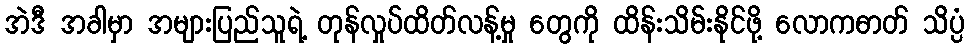
အဲဒီ အခါမှာ အများပြည်သူရဲ့ တုန်လှုပ်ထိတ်လန့်မှု တွေကို ထိန်းသိမ်းနိုင်ဖို့ လောကဓာတ် သိပ္ပံ